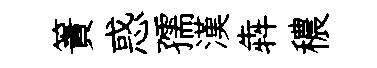
簀惑孺漢犇穠